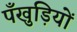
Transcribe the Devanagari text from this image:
पँखुड़ियों